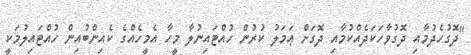
"ދޮގުހެދުމާއި ދޮގުވާހަކަދެއްކުމާއި ދޮގަށް ޢަމަލު ކުރުން ހުއްޓައިނުލާ މީހާ އެމީހެއްގެ ކެއިންބުއިން ހުއްޓައިލުމަކީ